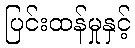
ပြင်းထန်မှုနှင့်